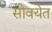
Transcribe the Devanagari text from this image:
सोवयेत